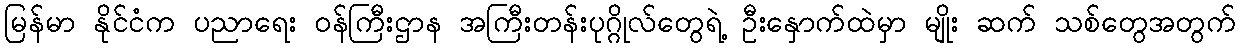
မြန်မာ နိုင်ငံက ပညာရေး ဝန်ကြီးဌာန အကြီးတန်းပုဂ္ဂိုလ်တွေရဲ့ ဦးနှောက်ထဲမှာ မျိုး ဆက် သစ်တွေအတွက်